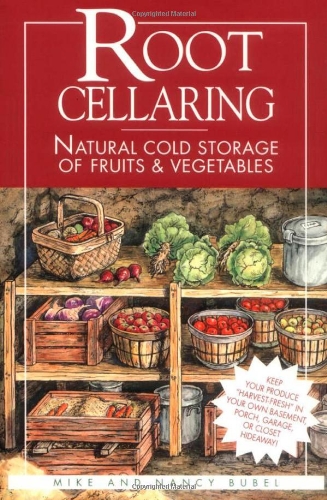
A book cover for Root Cellaring: Natural Cold Storage of Fruits & Vegetables; Mike Bubel; Engineering & Transportation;